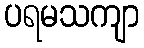
ပရမသကျာ